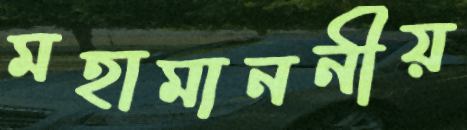
মহামাননীয়